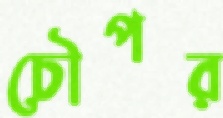
চৌপর